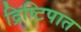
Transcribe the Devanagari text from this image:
द्रिष्टिपात